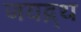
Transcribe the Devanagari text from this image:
जयद्र्थ